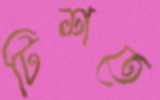
টিশতে